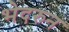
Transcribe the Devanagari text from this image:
भेदरुन